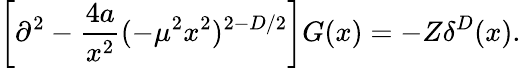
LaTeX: \left[\partial^{2}-\frac{4a}{x^{2}}(-\mu^{2}x^{2})^{2-D/2}\right]G(x)=-Z\delta^{D}(x).